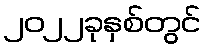
၂၀၂၂ခုနှစ်တွင်